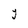
Character: Y